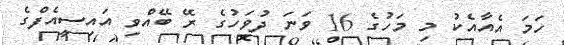
ހަމަ އެއާއެކު މި މަހުގެ 16 ވަނަ ދުވަހުގެ ރޭ ބޭއްވި އައިސީއެފްގެ